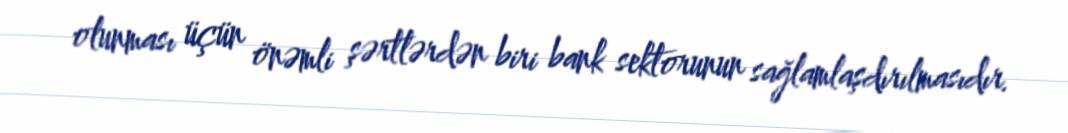
olunması üçün önəmli şərtlərdən biri bank sektorunun sağlamlaşdırılmasıdır.